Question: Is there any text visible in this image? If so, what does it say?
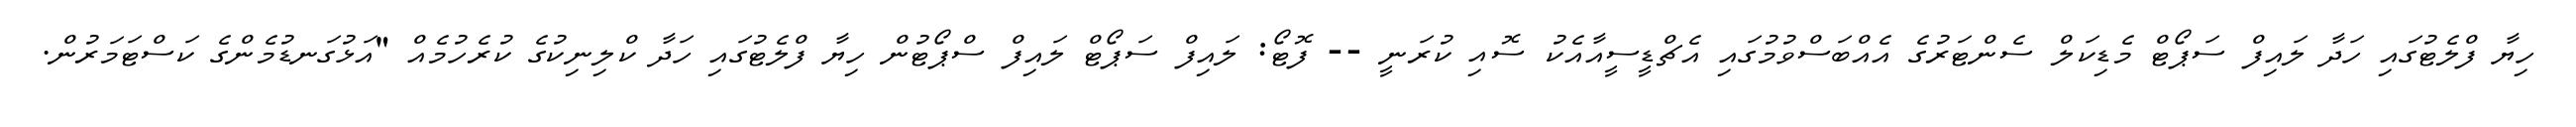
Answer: ހިޔާ ފްލެޓުގައި ހަދާ ލައިފް ސަޕޯޓް މެޑިކަލް ސެންޓަރުގެ އެއްބަސްވުމުގައި އެޗްޑީސީއާއެކު ސޮއި ކުރަނީ -- ފޮޓޯ: ލައިފް ސަޕޯޓް ލައިފް ސްޕޯޓުން ހިޔާ ފްލެޓުގައި ހަދާ ކްލިނިކުގެ ކުރެހުމެއް "އަޅުގަނޑުމެންގެ ކަސްޓަމަރުން.